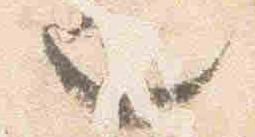
也